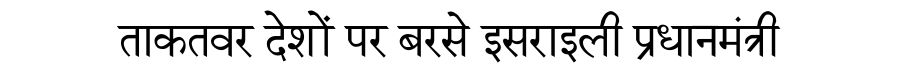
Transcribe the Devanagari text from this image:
ताकतवर देशों पर बरसे इसराइली प्रधानमंत्री